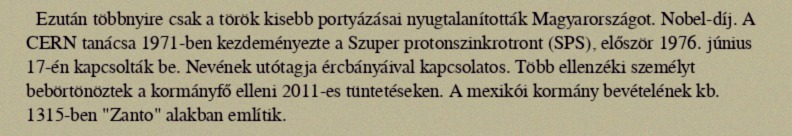
Ezután többnyire csak a török kisebb portyázásai nyugtalanították Magyarországot. Nobel-díj. A CERN tanácsa 1971-ben kezdeményezte a Szuper protonszinkrotront (SPS), először 1976. június 17-én kapcsolták be. Nevének utótagja ércbányáival kapcsolatos. Több ellenzéki személyt bebörtönöztek a kormányfő elleni 2011-es tüntetéseken. A mexikói kormány bevételének kb. 1315-ben "Zanto" alakban említik.